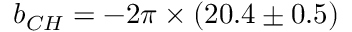
b _ { C H } = - 2 \pi \times ( 2 0 . 4 \pm 0 . 5 )